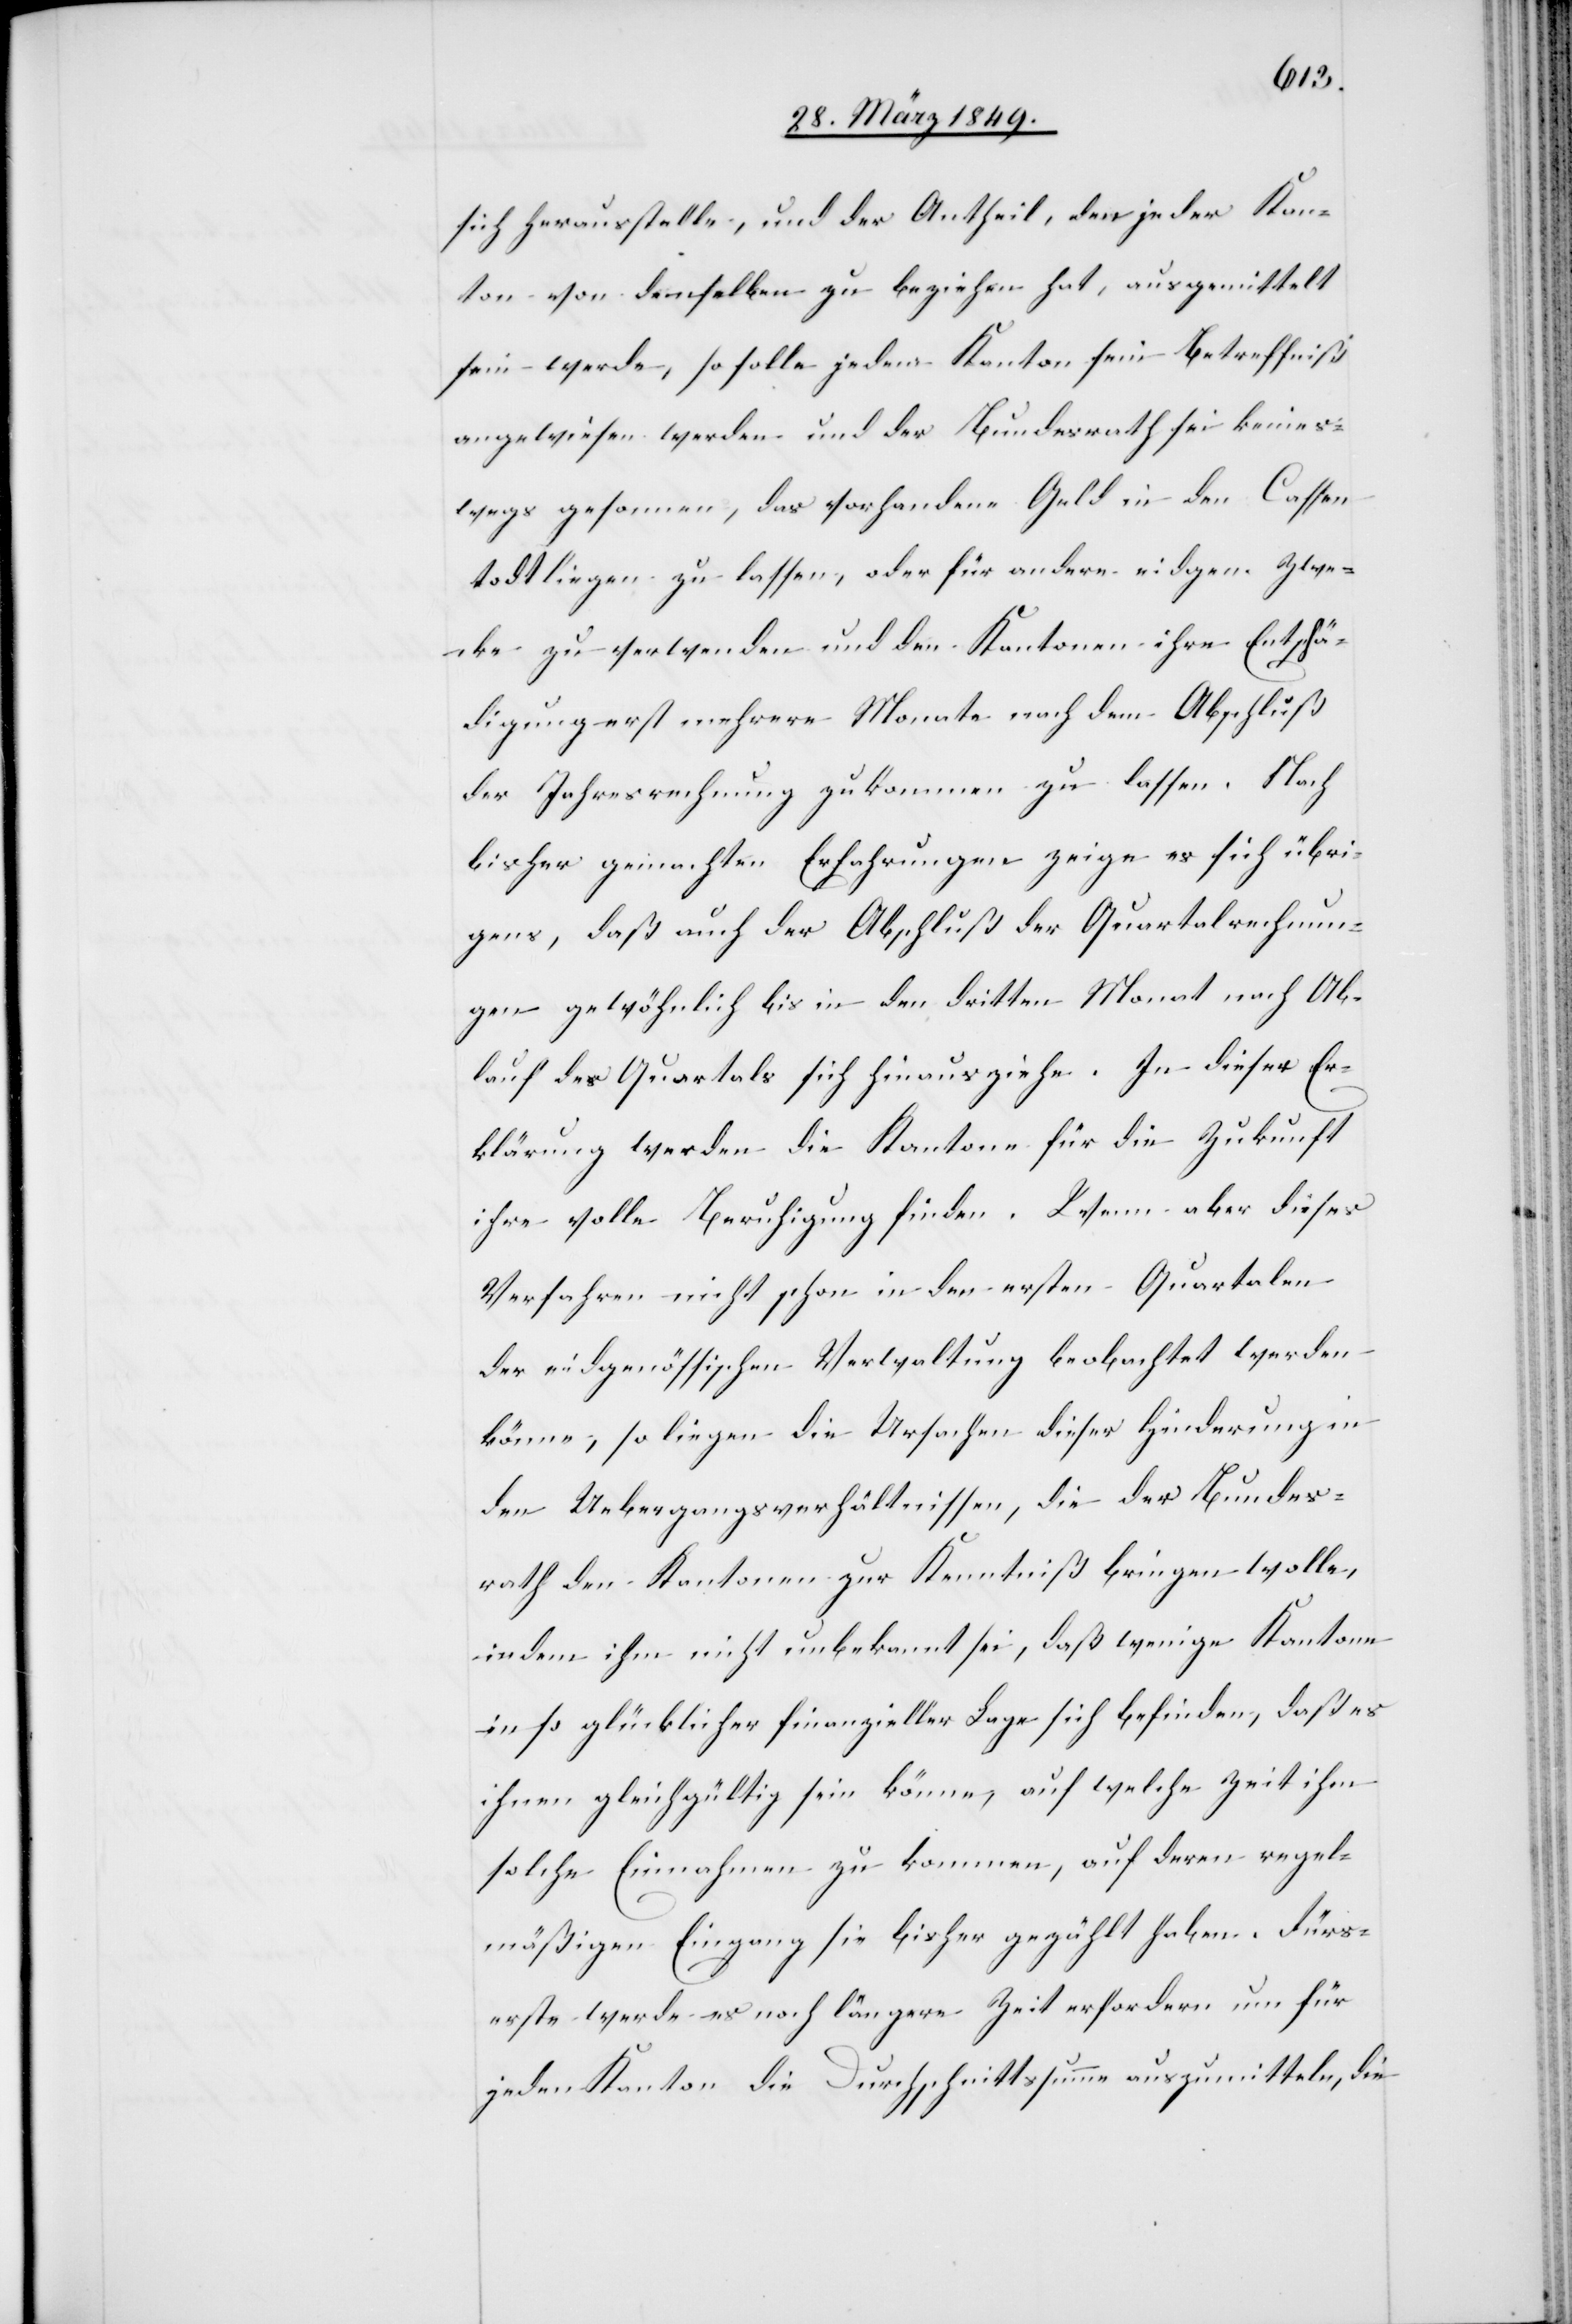
sich herausstelle, und der Antheil, den jeder Kan¬
ton von demselben zu beziehen hat, ausgemittelt
sein werde, so solle jedem Kanton sein Betreffniß
angewiesen werden und der Bundesrath sei keines¬
wegs gesonnen, das vorhandene Geld in den Cassen
todt liegen zu lassen, oder für andere eidgen. Zwe¬
cke zu verwenden und den Kantonen ihre Entschä¬
digung erst mehrere Monate nach dem Abschluß
der Jahresrechnung zukommen zu lassen. Nach
bisher gemachten Erfahrungen zeige es sich übri¬
gens, daß auch der Abschluß der Quartalrechnun¬
gen gewöhnlich bis in den dritten Monat nach Ab¬
lauf des Quartals sich hinausziehe. In dieser Er¬
klärung werden die Kantone für die Zukunft
ihre volle Beruhigung finden. Wenn aber dieses
Verfahren nicht schon in den ersten Quartalen
der eidgenössischen Verwaltung beobachtet werden
könne, so liegen die Ursachen dieser Hinderung in
den Uebergangsverhältnissen, die der Bundes¬
rath den Kantonen zur Kenntniß bringen wolle,
indem ihm nicht unbekannt sei, daß wenige Kantone
in so glücklicher finanzieller Lage sich befinden, daß es
ihnen gleichgültig sein könne, auf welche Zeit ihm
solche Einnahmen zukommen, auf deren regel¬
mäßigen Eingang sie bisher gezählt haben. Fürs¬
erste werde es noch längere Zeit erfordern um für
jeden Kanton die Durchschnittssumme auszumitteln, die